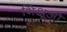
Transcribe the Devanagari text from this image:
भिक्षूओ